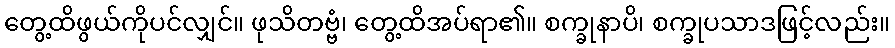
တွေ့ထိဖွယ်ကိုပင်လျှင်။ ဖုသိတဗ္ဗံ၊ တွေ့ထိအပ်ရာ၏။ စက္ခုနာပိ၊ စက္ခုပသာဒဖြင့်လည်း။